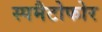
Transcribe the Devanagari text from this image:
स्पमैटोफोर